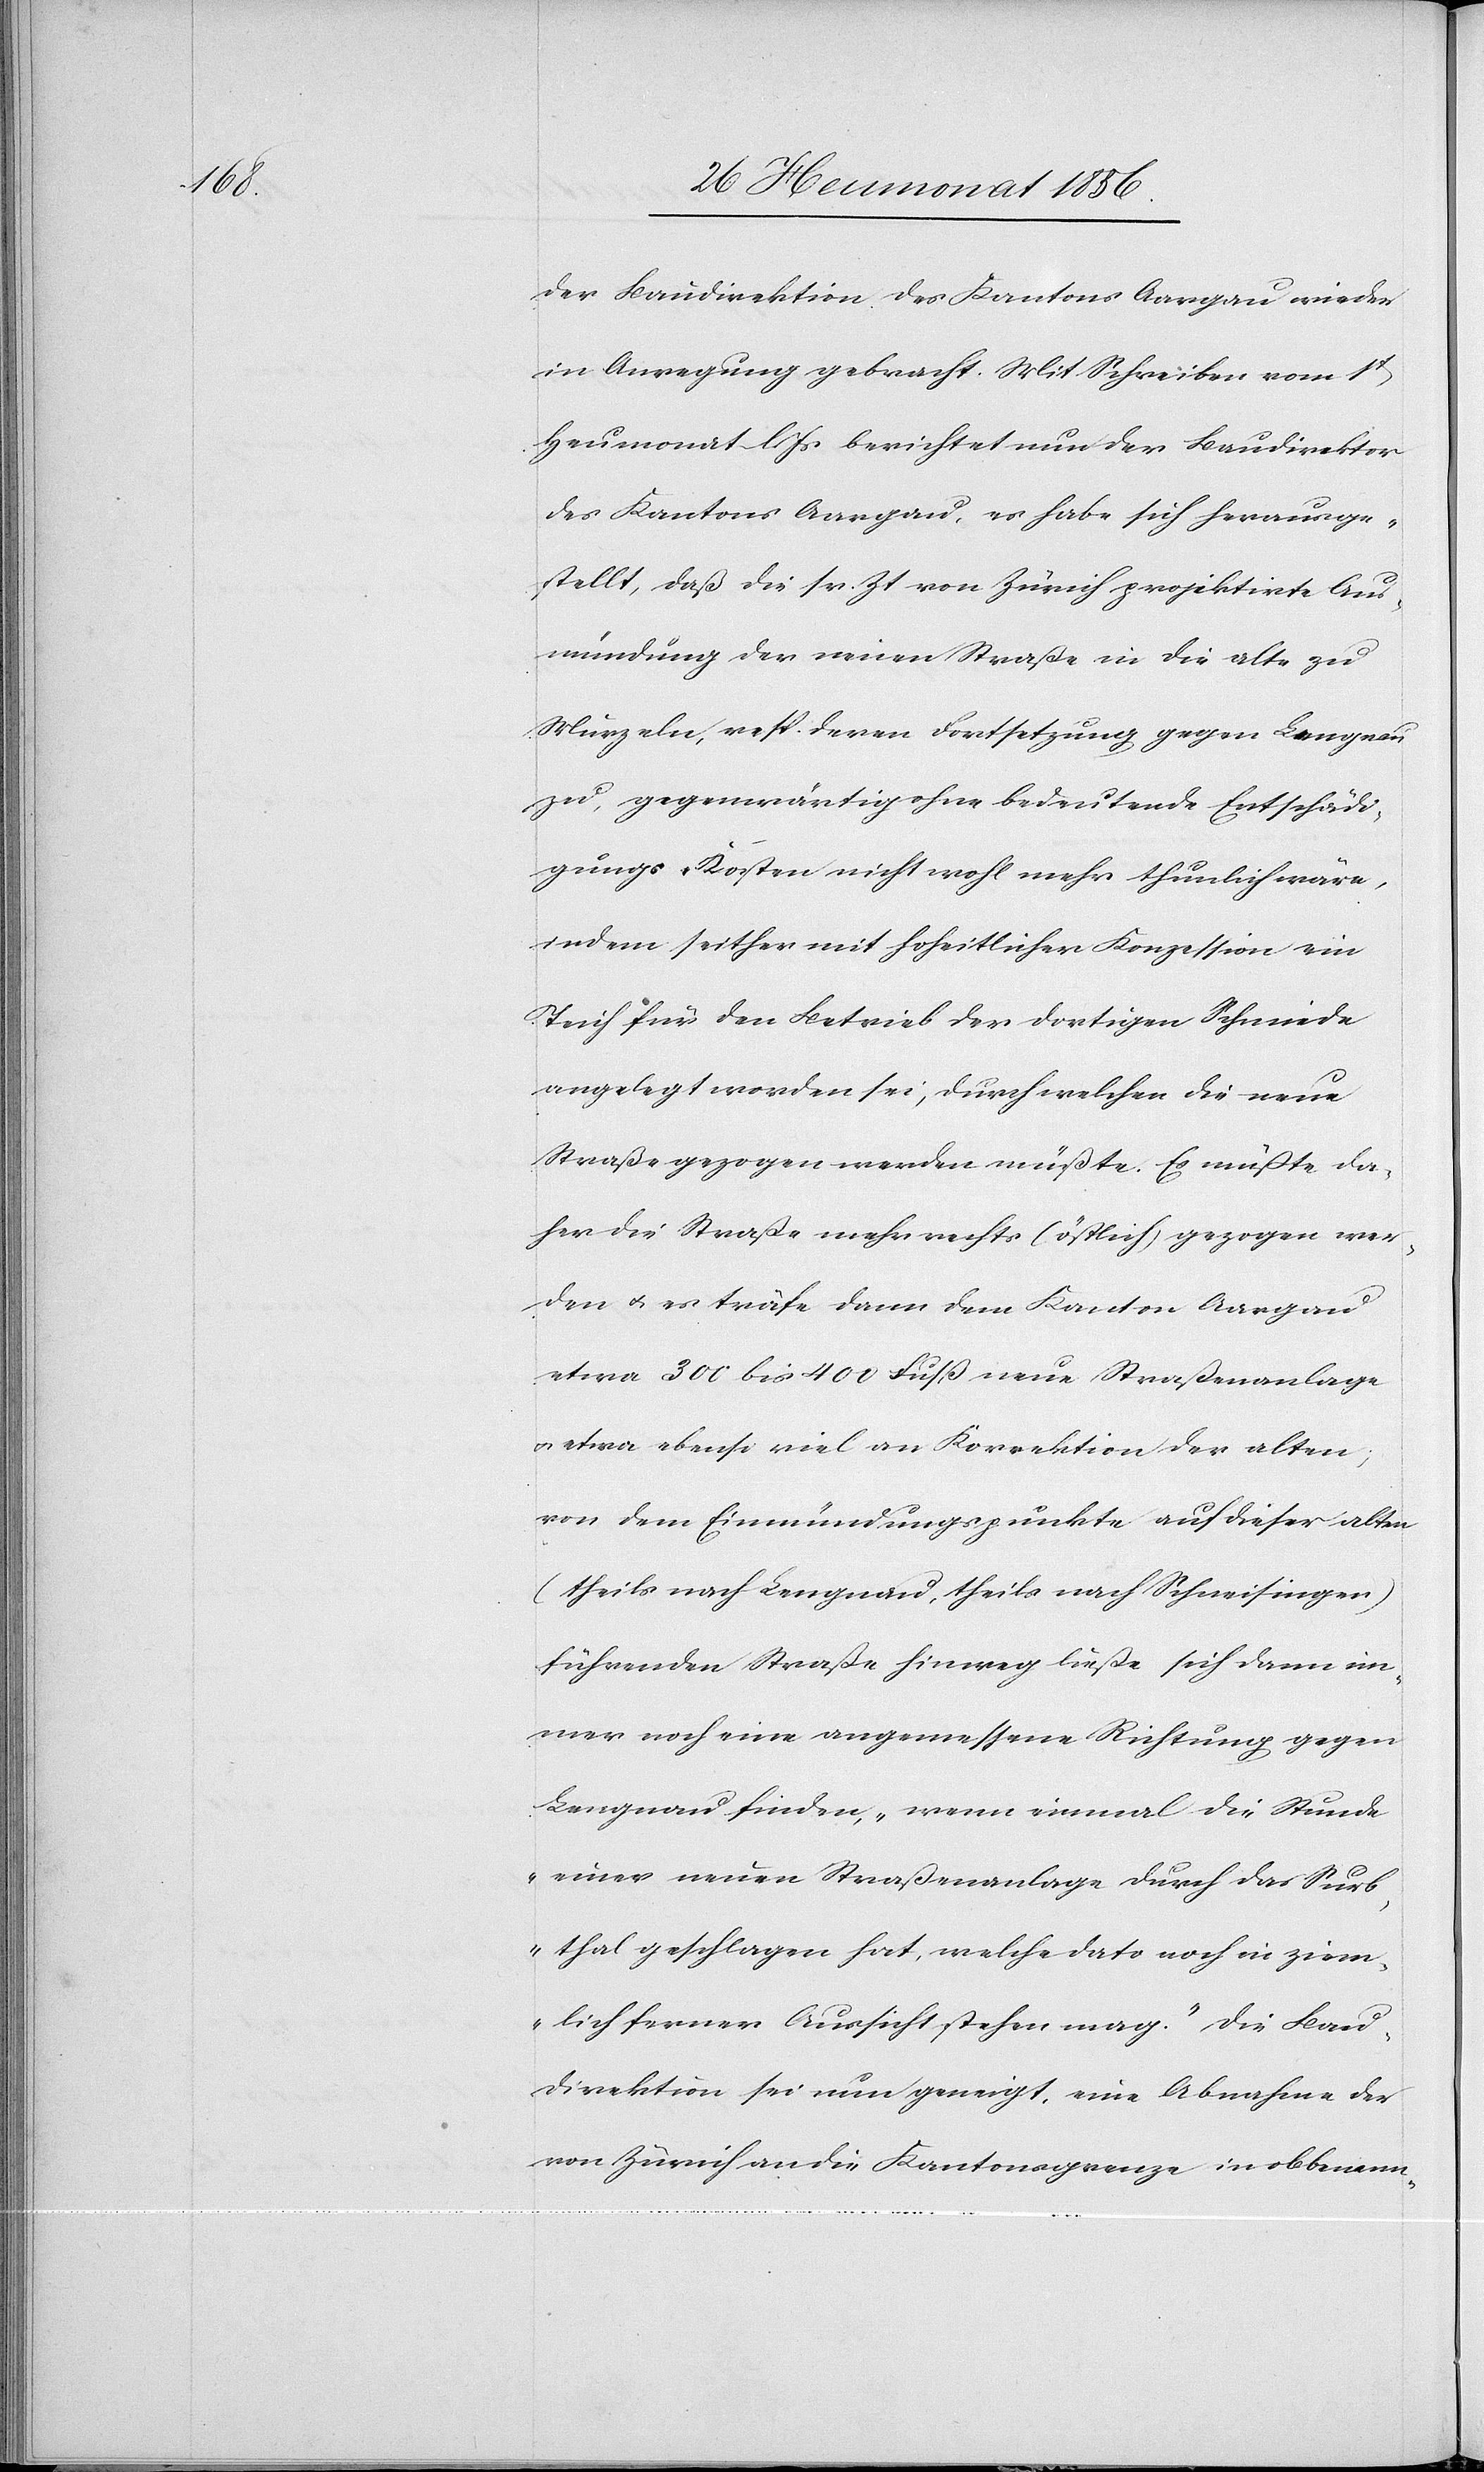
der Baudirektion des Kantons Aargau wieder
in Anregung gebracht. Mit Schreiben vom 1t
Heumonat l. Js berichtet nun der Baudirektor
des Kantons Aargau, es habe sich herausge¬
stellt, daß die sr. Zt von Zürich projektirte Aus¬
mündung der neuen Straße in die alte zu
Murzeln, resp. deren Fortsetzung gegen Lengnau
zu, gegenwärtig ohne bedeutende Entschädi¬
gungs-Kosten nicht wohl mehr thunlich wäre,
indem seither mit hoheitlicher Konzession ein
Teich für den Betrieb der dortigen Schmiede
angelegt worden sei, durch welchen die neue
Straße gezogen werden müßte. Es müßte da¬
her die Straße mehr rechts (östlich) gezogen wer¬
den u. es träfe dann dem Kanton Aargau
etwa 300 bis 400 Fuß neue Straßenanlage
u. etwa ebenso viel an Korrektion der alten;
von dem Einmündungspunkte auf dieser alten
(theils nach Lengnau, theils nach Schneisingen)
führenden Straße hinweg ließe sich dann im¬
mer noch eine angemessene Richtung gegen
Lengnau finden, „wenn einmal die Stunde
einer neuen Straßenanlage durch das Surb¬
thal geschlagen hat, welche dato noch in ziem¬
lich ferner Aussicht stehen mag." Die Bau¬
direktion sei nun geneigt, eine Abnahme der
von Zürich an die Kantonsgrenze in obbenann-